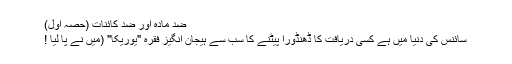
ضد مادّہ اور ضد کائنات (حصّہ اوّل)
سائنس کی دنیا میں ہے کسی دریافت کا ڈھنڈورا پیٹنے کا سب سے ہیجان انگیز فقرہ "یوریکا" (میں نے پا لیا !